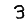
Digit: 3